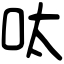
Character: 呔